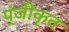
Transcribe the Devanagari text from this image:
प्ंजीकृत